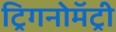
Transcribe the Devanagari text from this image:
ट्रिगनोमॅट्री